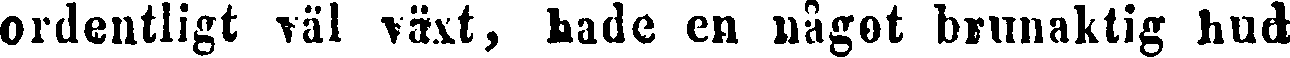
ordentligt väl växt, hade en något brunaktig hud